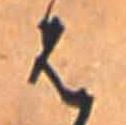
は